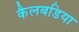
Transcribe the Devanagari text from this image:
कैलबडिया